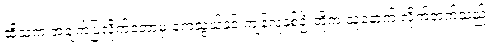
ထိုသူက အချက်ပြလိုက်တော့မှ ကေသွယ်နှင့် ကျန်လူနှစ်ဦးတို့က သူ့နောက် လိုက်တက်သည်။